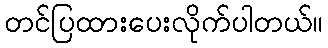
တင်ပြထားပေးလိုက်ပါတယ်။